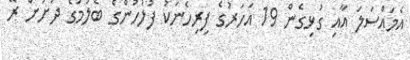
އެމައްސަލަ އާއި ގުޅިގެން 19 އަހަރުގެ ފިރިހެނަކު ފުލުހުންގެ ބެލުމުގެ ދަށަށް ރޭ